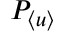
P _ { \langle u \rangle }